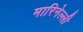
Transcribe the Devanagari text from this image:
मारिनेल्ली